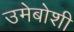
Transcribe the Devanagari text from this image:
उमेबोशी